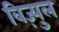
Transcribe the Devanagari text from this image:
विज़्युल